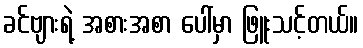
ခင်ဗျားရဲ့ အစားအစာ ပေါ်မှာ ဖြူးသင့်တယ်။